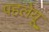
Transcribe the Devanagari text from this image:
पहलेयू